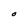
Character: 0